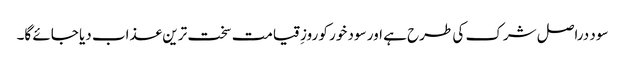
سود دراصل شرک کی طرح ہے اور سود خور کو روزِ قیامت سخت ترین عذاب دیا جائے گا۔